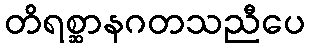
တိရစ္ဆာနဂတသညီပေ